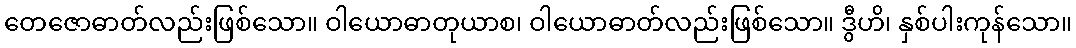
တေဇောဓာတ်လည်းဖြစ်သော။ ဝါယောဓာတုယာစ၊ ဝါယောဓာတ်လည်းဖြစ်သော။ ဒွီဟိ၊ နှစ်ပါးကုန်သော။